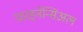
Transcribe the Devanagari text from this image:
फ़ाइनेन्सिअल